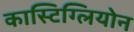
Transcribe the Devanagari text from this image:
कास्टिग्लियोन